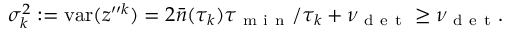
\sigma _ { k } ^ { 2 } : = \mathrm { v a r } ( z ^ { \prime \prime k } ) = 2 \bar { n } ( \tau _ { k } ) \tau _ { \mathrm { ~ m ~ i ~ n ~ } } / \tau _ { k } + \nu _ { \mathrm { ~ d ~ e ~ t ~ } } \geq \nu _ { \mathrm { ~ d ~ e ~ t ~ } } .